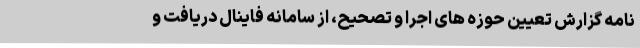
نامه گزارش تعیین حوزه های اجرا و تصحیح، از سامانه فاینال دریافت و